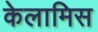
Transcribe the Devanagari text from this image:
केलामिस